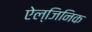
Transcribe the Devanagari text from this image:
ऐल्जिनिक